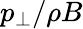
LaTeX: p_{\perp}/\rho B